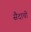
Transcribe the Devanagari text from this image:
सैदाची